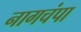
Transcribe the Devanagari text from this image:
नागचंपा